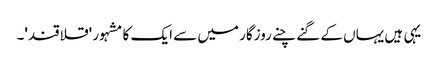
یہی ہیں یہاں کے گنے چنے روزگار میں سے ایک کا مشہور 'قلاقند'۔